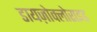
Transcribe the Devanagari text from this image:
डायज़ोक्लोराइड